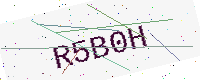
Text: R5B0H